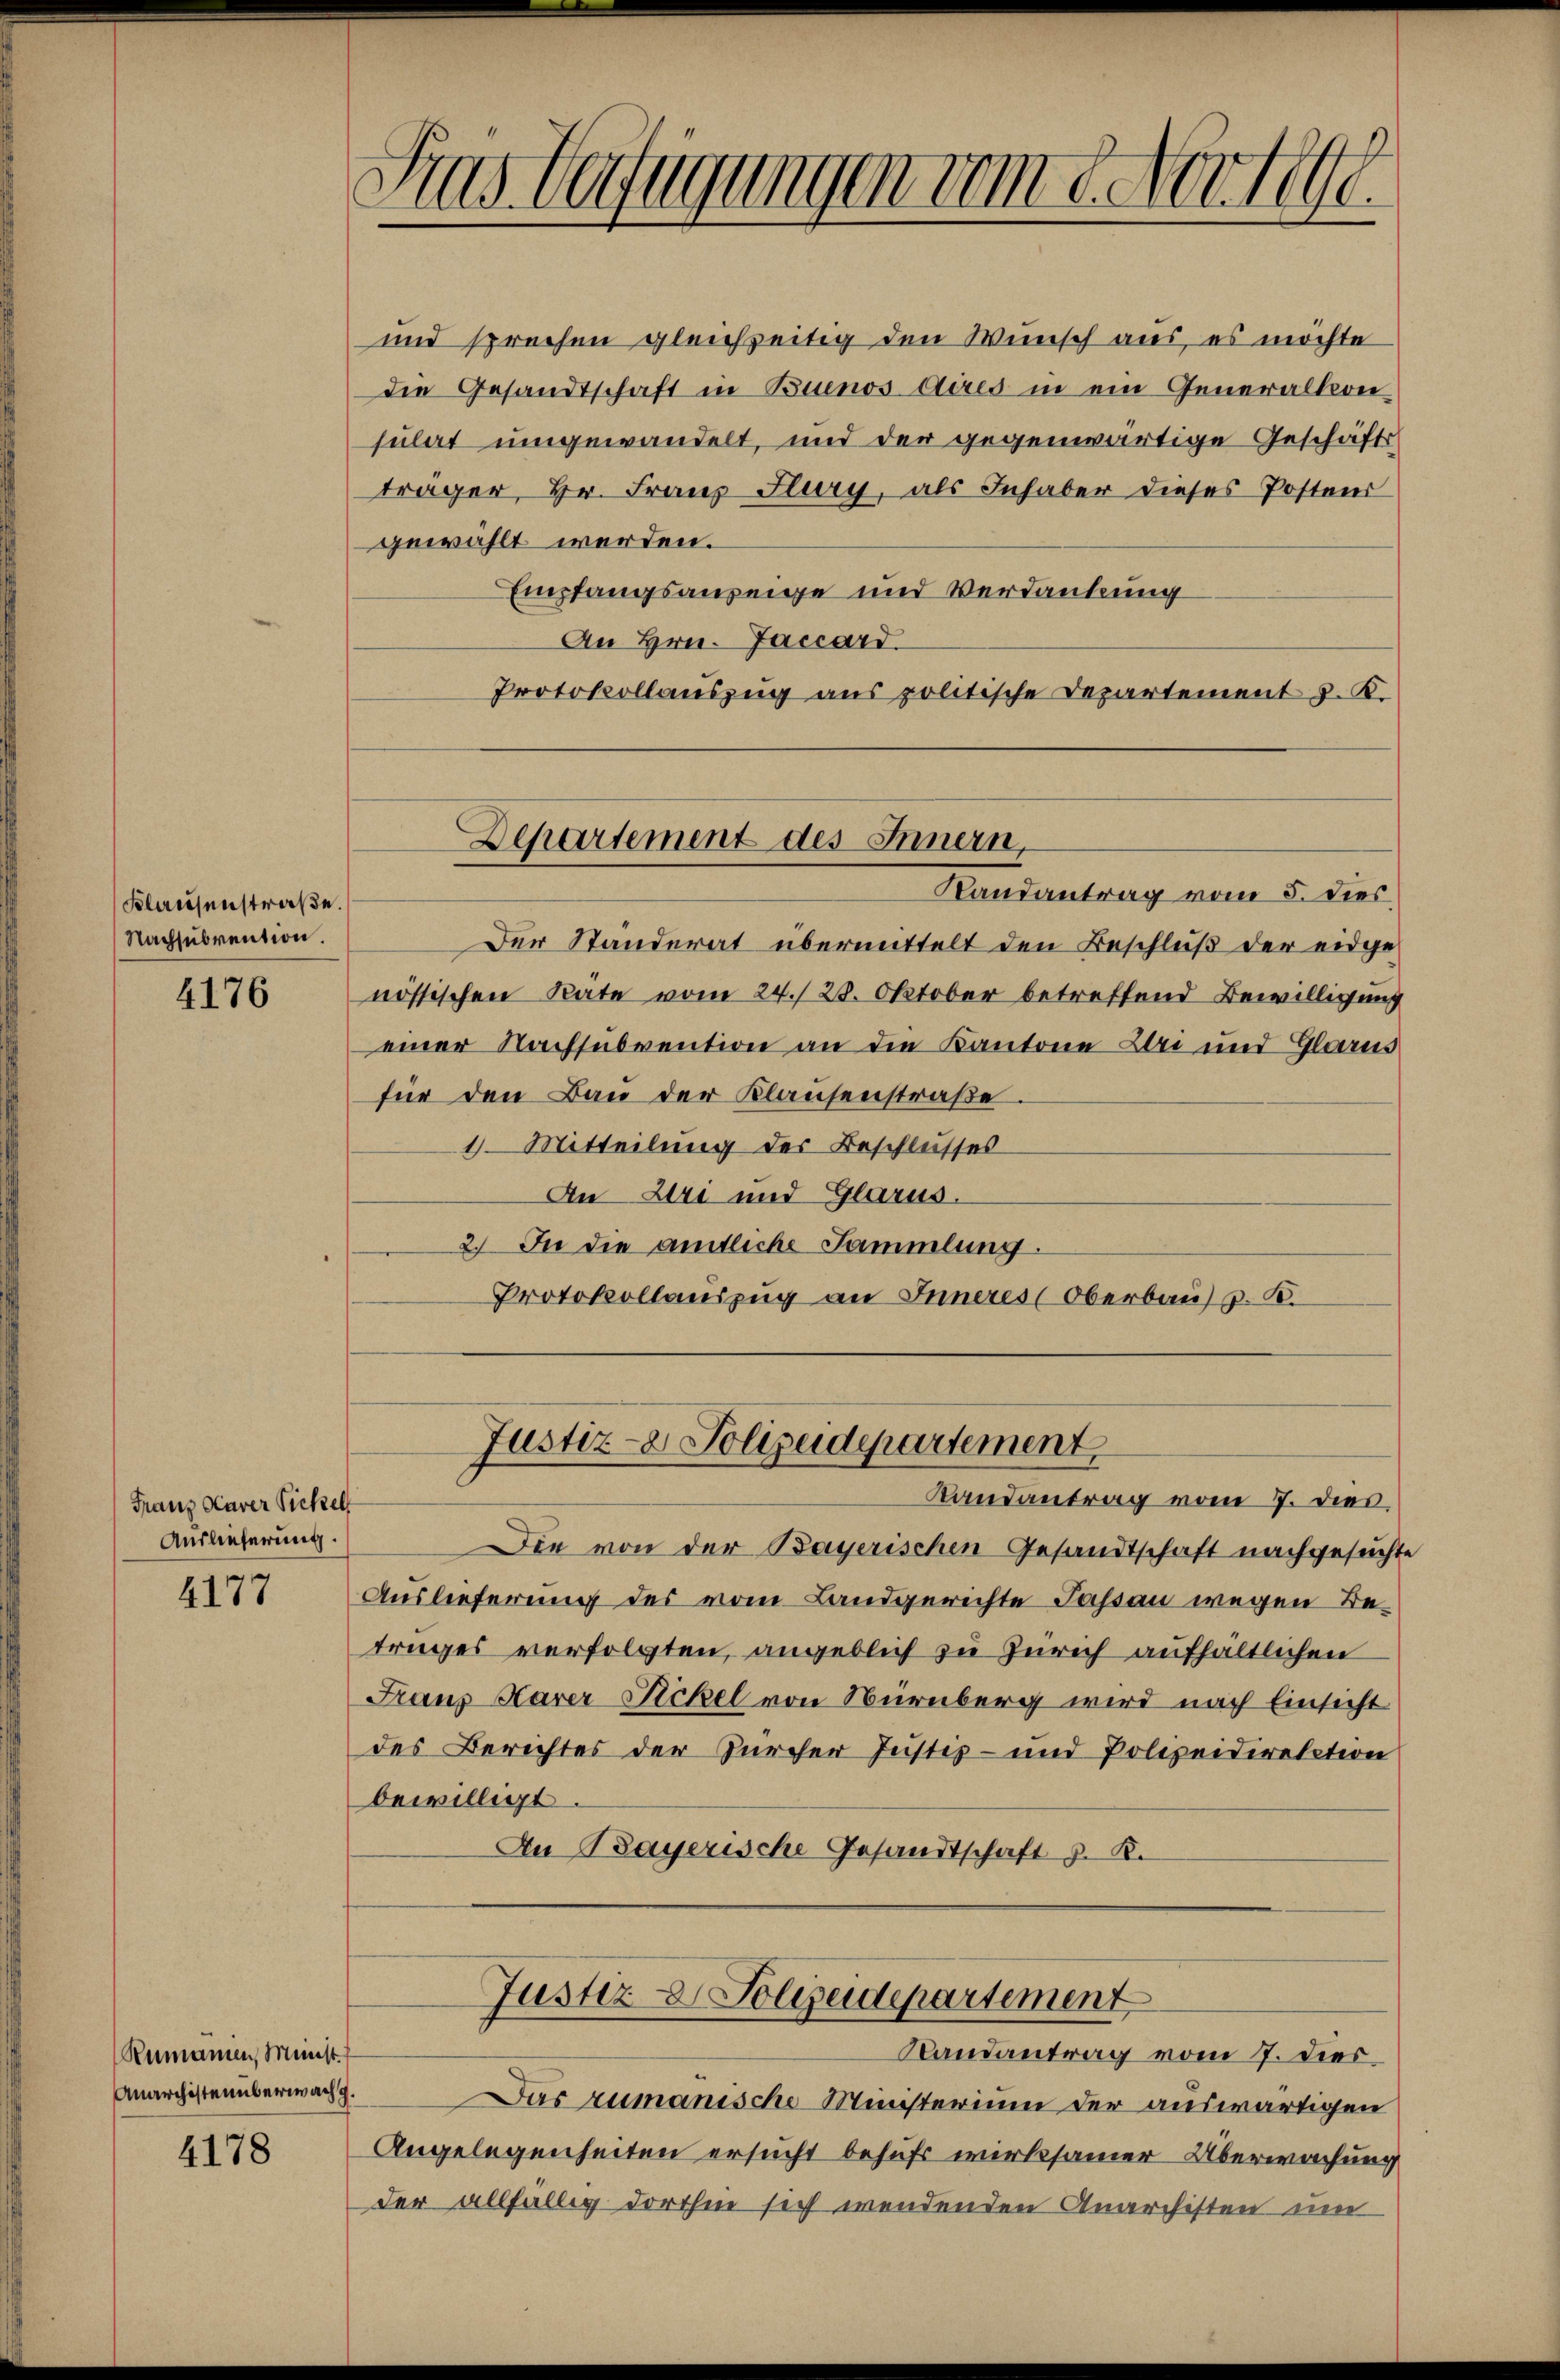
Klausenstraße.
Nachsubvention

4176

Franz Karer Sichel
Auslieferung.

4177

Rumanien, Münst
Anarchistenüberwachg.

4178

Fras Verfügungen vom 8. Ferti

und sprechen gleichzeitig den Wunsch aus, es möchte
die Gesandtschaft in Buenos Aires in ein Generalkon
sulat umgewandelt, und der gegenwärtige Geschäftsträger, Hr. Franz Flury, als Inhaber dieses Postens
gewählt werden.
Empfangsanzeige und Verdankung
An Hrn. Jaccard.
Protokollauszug aus politische Departement J. K.

Der Standerat übermittelt den Beschluß der eidgenössischen Rate vom 24. 28. Oktober betreffend Bewilligung
einer Nachsubvention an die Kantone Zei und Glarus
für den Bau der Klausenstraße.
4 Mitteilung der Beschlusses
An Uri und Glarus.
2) In die amtliche Sammlung.
Protokollauszug an Inneres (Oberbau, z. B.

Departement des Innern,
Randantrag vom 5. dies

Justiz- & Polizeidepartement
Randantrag vom 7. Dies

Die von der Bayerischen Gesandtschaft nachgesuchte
Auslieferung des vom Landgerichte Passau wegen Betruges verfolgten, angeblich zu Zürich aufhältlichen
Franz Karer Rickel von Nürnberg wird nach Einsicht
des Berichtes der Zürcher Justiz- und Polizeidirektion
bewilligt.
An Bayerische Gesandtschaft z. B.

Justiz & Polizeidepartement
Randantrag vom 7. dies

Das zumanische Ministerium der auswärtigen
Angelegenheiten ersucht behufs wirksamer Überwachung
der allfällig dorthin sich wendenden Anarchisten um